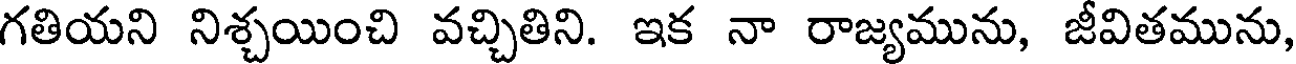
గతియని నిశ్చయించి వచ్చితిని. ఇక నా రాజ్యమును, జీవితమును,